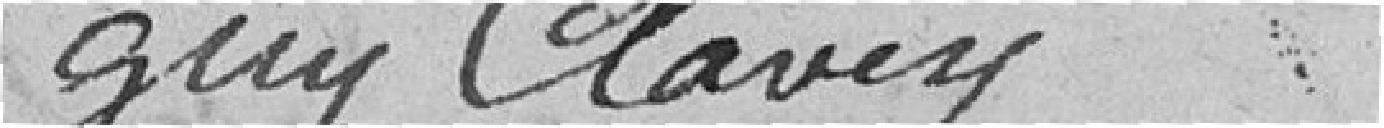
guy Clavey